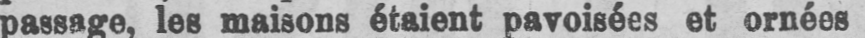
passage, les maisons étaient pavoisées et ornées